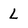
Character: L